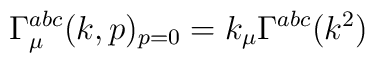
\Gamma^{abc}_{\mu}(k,p)_{p=0}=k_{\mu} \Gamma^{abc}(k^2)